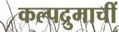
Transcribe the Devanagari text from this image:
कल्पद्रुमाचीं